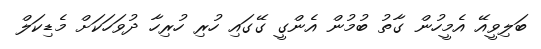
ބަލިވީއޭ އެމީހުން ގާތު ބުމުން އެންގީ ގޭގައި ހުރި ހުރިހާ ދުވަހަކަށް މެޑިކަލް